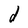
Character: d